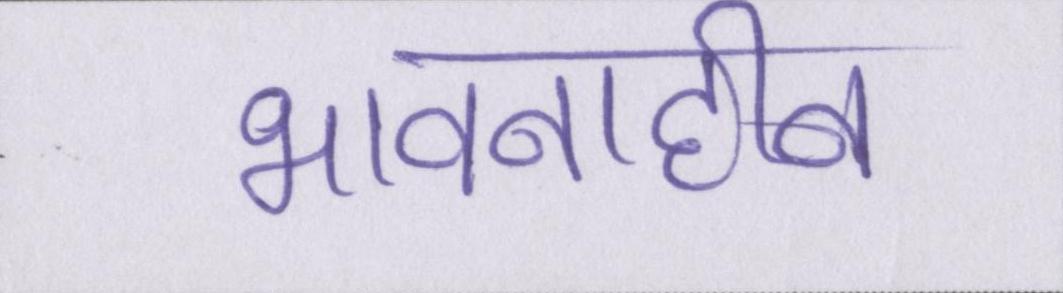
भावनाहीन